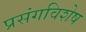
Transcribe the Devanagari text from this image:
प्रसंगविशेष